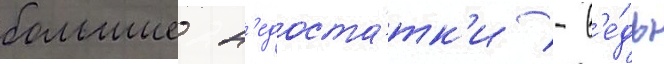
большие н'едоста́тк'и - в'е́дь